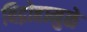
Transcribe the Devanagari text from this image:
विद्रोहामुळे